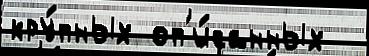
кру́пных оп'и́санных